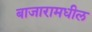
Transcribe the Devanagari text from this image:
बाजारामधील